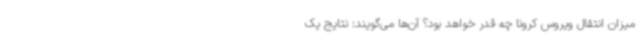
میزان انتقال ویروس کرونا چه قدر خواهد بود؟ آن‌ها می‌گویند: نتایج یک